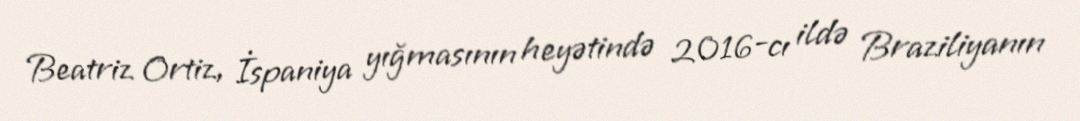
Beatriz Ortiz, İspaniya yığmasının heyətində 2016-cı ildə Braziliyanın